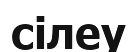
сілеу